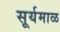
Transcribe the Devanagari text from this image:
सूर्यमाळ